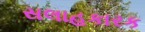
સલાહકારક